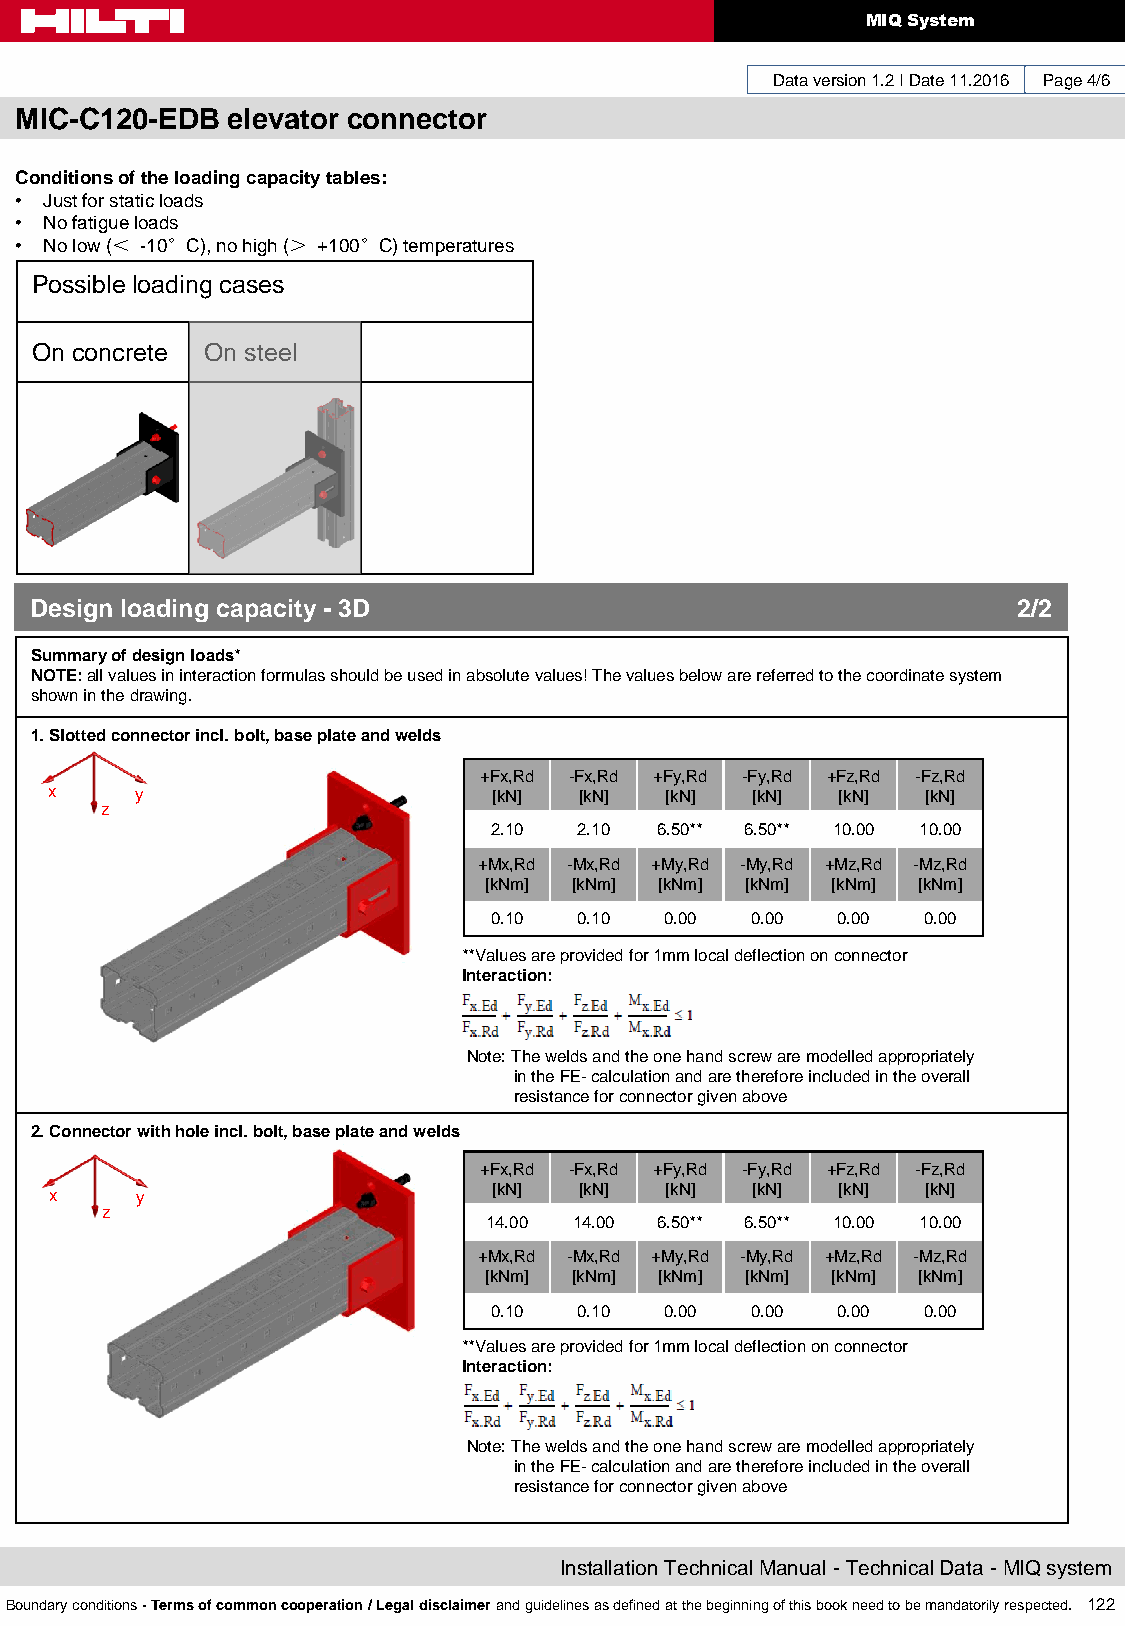
MIQ System
 Data version 1.2 I Date 11.2016 Page 4/6
 MIC-C120-EDB  elevator connector
 Conditions of the loading capacity tables:
 • Just for static loads
 • No fatigue loads
 • No low (＜ -10°C), no high (＞ +100°C) temperatures
 Possible loading cases
 On concrete On steel
 Design loading capacity - 3D                                     2/2
 Summary of design loads*
 NOTE: all values in interaction formulas should be used in absolute values! The values below are referred to the coordinate system
 shown in the drawing.
 1. Slotted connector incl. bolt, base plate and welds
 +Fx,Rd -Fx,Rd +Fy,Rd -Fy,Rd +Fz,Rd -Fz,Rd
 x     y                       [kN] [kN]  [kN]  [kN]  [kN] [kN]
 z
 2.10  2.10  6.50** 6.50** 10.00 10.00
 +Mx,Rd -Mx,Rd +My,Rd -My,Rd +Mz,Rd -Mz,Rd
 [kNm] [kNm] [kNm] [kNm] [kNm] [kNm]
 0.10  0.10  0.00  0.00 0.00  0.00
 **Values are provided for 1mm local deflection on connector
 Interaction:
 Note: The welds and the one hand screw are modelled appropriately
 in the FE- calculation and are therefore included in the overall
 resistance for connector given above
 2. Connector with hole incl. bolt, base plate and welds
 +Fx,Rd -Fx,Rd +Fy,Rd -Fy,Rd +Fz,Rd -Fz,Rd
 x     y                       [kN] [kN]  [kN]  [kN]  [kN] [kN]
 z
 14.00 14.00 6.50** 6.50** 10.00 10.00
 +Mx,Rd -Mx,Rd +My,Rd -My,Rd +Mz,Rd -Mz,Rd
 [kNm] [kNm] [kNm] [kNm] [kNm] [kNm]
 0.10  0.10  0.00  0.00 0.00  0.00
 **Values are provided for 1mm local deflection on connector
 Interaction:
 Note: The welds and the one hand screw are modelled appropriately
 in the FE- calculation and are therefore included in the overall
 resistance for connector given above
 Installation Technical Manual - Technical Data - MIQ system
 Boundary conditions - Terms of common cooperation / Legal disclaimer and guidelines as defined at the beginning of this book need to be mandatorily respected. 122